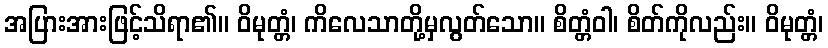
အပြားအားဖြင့်သိရာ၏။ ဝိမုတ္တံ၊ ကိလေသာတို့မှလွတ်သော။ စိတ္တံဝါ၊ စိတ်ကိုလည်း။ ဝိမုတ္တံ၊